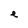
Character: e